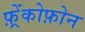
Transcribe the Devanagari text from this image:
फ़्रेंकोफ़ोन